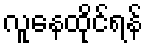
လူနေထိုင်ရန်